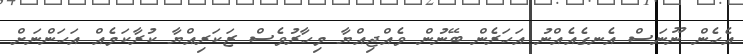
އެހެން ނޫނަސް އެނގެއެއްނު އަހަރެން ބޭނުން ވެއްޖިއްޔާ މިހާރުވެސް ޒަކަރިއްޔާ ކުރާކަމެއް އަހަންނަށް